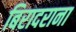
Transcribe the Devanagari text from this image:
बिरादराना